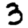
Digit: 3